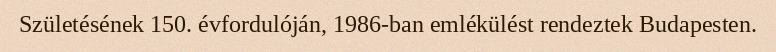
Születésének 150. évfordulóján, 1986-ban emlékülést rendeztek Budapesten.